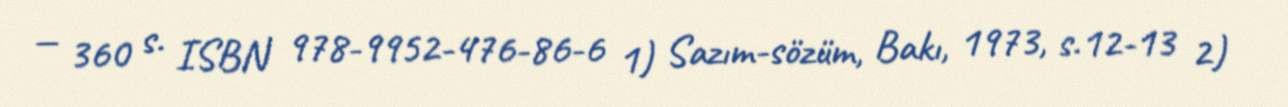
— 360 s. ISBN 978-9952-476-86-6 1) Sazım-sözüm, Bakı, 1973, s.12-13 2)